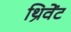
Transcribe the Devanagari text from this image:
थ्रिवेंट